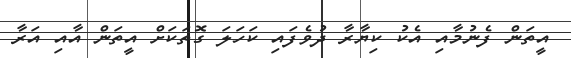
އީތަން ފެނުމާއި އެކު ކިޔާރާ ދުވެފައި ކަހަލަ ގޮތަކަށް އީތަން އާއި އަރާ